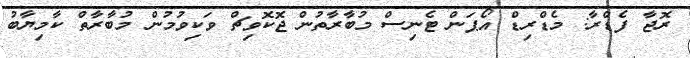
ރޮޖާ ފެޑްރާ: މެޑްރިޑް އޯޕަން ޓެނިސް މުބާރާތުން ޖޮކޮވިޗް ވަކިވުމުން މުބާރާތް ކާމިޔާބު